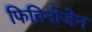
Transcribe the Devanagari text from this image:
फिब्रिनोजेन